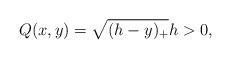
LaTeX: \begin{align*}Q(x,y) = \sqrt{(h - y)_+} h > 0,\end{align*}